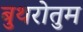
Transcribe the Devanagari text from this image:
बुथरोतुम